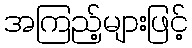
အကြည့်များဖြင့်